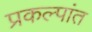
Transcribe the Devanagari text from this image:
प्रकल्पांत